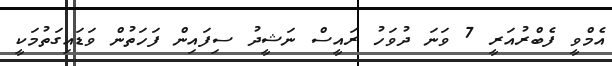
އެމްވީ ފެބްރުއަރީ 7 ވަނަ ދުވަހު ރައީސް ނަޝީދު ސިފައިން ފަހަތުން ވަޑައިގަތުމަކީ